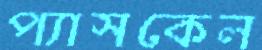
প্যাসকেল